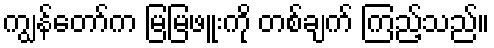
ကျွန်တော်က မြမြဖူးကို တစ်ချက် ကြည့်သည်။